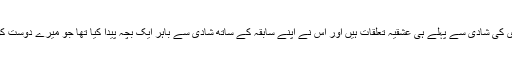
میرے دوست کو معلوم ہوا کہ اس کی بیوی کی شادی سے پہلے ہی عشقیہ تعلقات ہیں اور اس نے اپنے سابقہ ​​کے ساتھ شادی سے باہر ایک بچہ پیدا کیا تھا جو میرے دوست کو پتہ چلنے تک یتیم خانے میں رہ رہا تھا۔